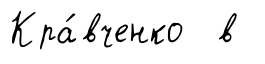
Кра́вченко в